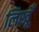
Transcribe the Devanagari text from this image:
लिखूँ